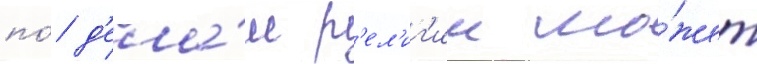
по́ д'ела́м р'ел'иг'ии мо́жет